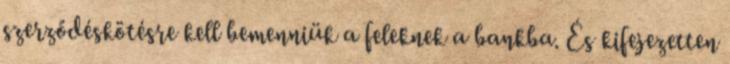
szerződéskötésre kell bemenniük a feleknek a bankba. És kifejezetten